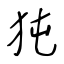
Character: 㹠